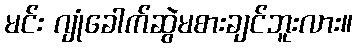
မင်း ဂျုံခေါက်ဆွဲမစားချင်ဘူးလား။